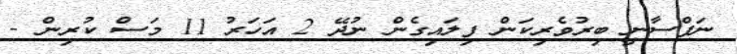
ނަފްސާނީ ބިރުވެރިކަން ފިލައިގެން ނުދޭ 2 އަހަރު 11 މަސް ކުރިން -